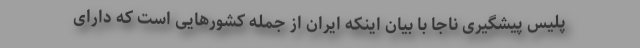
پلیس پیشگیری ناجا با بیان اینکه ایران از جمله کشورهایی است که دارای